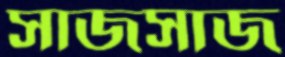
সাজসাজ